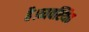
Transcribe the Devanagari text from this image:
है।व्यवस्थित